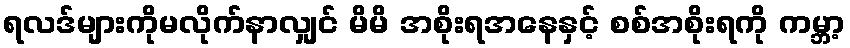
ရလဒ်များကိုမလိုက်နာလျှင် မိမိ အစိုးရအနေနှင့် စစ်အစိုးရကို ကမ္ဘာ့